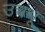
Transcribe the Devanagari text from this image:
उचंभू